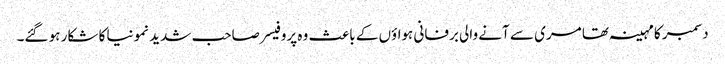
دسمبر کا مہینہ تھا مری سے آنے والی برفانی ہواؤں کے باعث وہ پروفیسر صاحب شدید نمونیا کا شکار ہو گئے۔